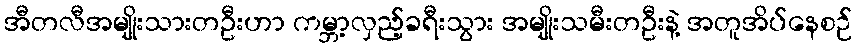
အီတလီအမျိုးသားတဦးဟာ ကမ္ဘာ့လှည့်ခရီးသွား အမျိုးသမီးတဦးနဲ့ အတူအိပ်နေစဉ်